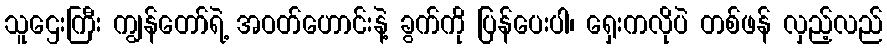
သူဌေးကြီး ကျွန်တော်ရဲ့ အဝတ်ဟောင်းနဲ့ ခွက်ကို ပြန်ပေးပါ၊ ရှေးကလိုပဲ တစ်ဖန် လှည့်လည်